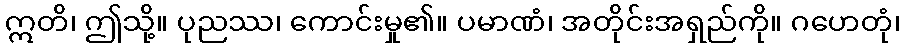
ဣတိ၊ ဤသို့။ ပုညဿ၊ ကောင်းမှု၏။ ပမာဏံ၊ အတိုင်းအရှည်ကို။ ဂဟေတုံ၊